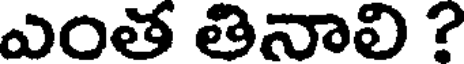
ఎంత తినాలి ?